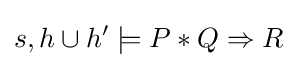
s,h\cup h'\models P\ast Q\Rightarrow R